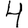
Digit: 4